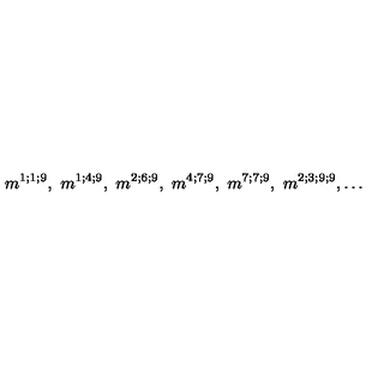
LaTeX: m ^ { 1 ; 1 ; 9 } , \ m ^ { 1 ; 4 ; 9 } , \ m ^ { 2 ; 6 ; 9 } , \ m ^ { 4 ; 7 ; 9 } , \ m ^ { 7 ; 7 ; 9 } , \ m ^ { 2 ; 3 ; 9 ; 9 } , \dots